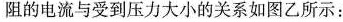
阻的电流与受到压力大小的关系如图乙所示：